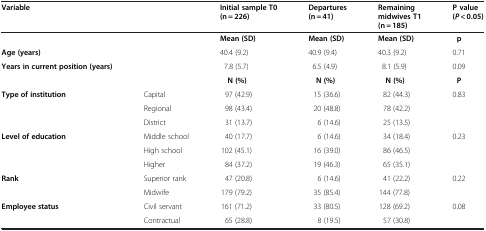
<table><thead><tr><td><b>Variable</b></td><td><b> </b></td><td><b>Initial sample T0 (n = 226)</b></td><td><b>Departures (n = 41)</b></td><td><b>Remaining midwives T1 (n = 185)</b></td><td><b>P value ( <i>P</i>  &lt; 0.05)</b></td></tr></thead><tbody><tr><td> </td><td> </td><td><b>Mean (SD)</b></td><td><b>Mean (SD)</b></td><td><b>Mean (SD)</b></td><td><b>p</b></td></tr><tr><td><b>Age (years)</b></td><td> </td><td>40.4 (9.2)</td><td>40.9 (9.4)</td><td>40.3 (9.2)</td><td>0.71</td></tr><tr><td><b>Years in current position (years)</b></td><td> </td><td>7.8 (5.7)</td><td>6.5 (4.9)</td><td>8.1 (5.9)</td><td>0.09</td></tr><tr><td> </td><td> </td><td><b>N (%)</b></td><td><b>N (%)</b></td><td><b>N (%)</b></td><td><b>P</b></td></tr><tr><td rowspan="3"><b>Type of institution</b></td><td>Capital</td><td>97 (42.9)</td><td>15 (36.6)</td><td>82 (44.3)</td><td>0.83</td></tr><tr><td>Regional</td><td>98 (43.4)</td><td>20 (48.8)</td><td>78 (42.2)</td><td> </td></tr><tr><td>District</td><td>31 (13.7)</td><td>6 (14.6)</td><td>25 (13.5)</td><td> </td></tr><tr><td rowspan="3"><b>Level of education</b></td><td>Middle school</td><td>40 (17.7)</td><td>6 (14.6)</td><td>34 (18.4)</td><td>0.23</td></tr><tr><td>High school</td><td>102 (45.1)</td><td>16 (39.0)</td><td>86 (46.5)</td><td> </td></tr><tr><td>Higher</td><td>84 (37.2)</td><td>19 (46.3)</td><td>65 (35.1)</td><td> </td></tr><tr><td rowspan="2"><b>Rank</b></td><td>Superior rank</td><td>47 (20.8)</td><td>6 (14.6)</td><td>41 (22.2)</td><td>0.22</td></tr><tr><td>Midwife</td><td>179 (79.2)</td><td>35 (85.4)</td><td>144 (77.8)</td><td> </td></tr><tr><td><b>Employee status</b></td><td>Civil servant</td><td>161 (71.2)</td><td>33 (80.5)</td><td>128 (69.2)</td><td>0.08</td></tr><tr><td> </td><td>Contractual</td><td>65 (28.8)</td><td>8 (19.5)</td><td>57 (30.8)</td><td> </td></tr></tbody></table>